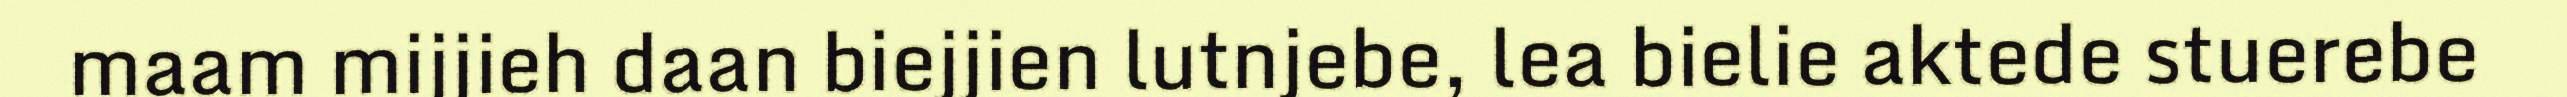
maam mijjieh daan biejjien lutnjebe, lea bielie aktede stuerebe